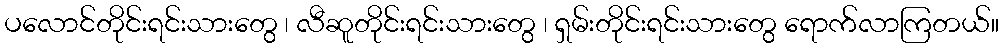
ပလောင်တိုင်းရင်းသားတွေ ၊ လီဆူတိုင်းရင်းသားတွေ ၊ ရှမ်းတိုင်းရင်းသားတွေ ရောက်လာကြတယ်။